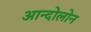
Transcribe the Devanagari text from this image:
आन्दोलोन